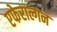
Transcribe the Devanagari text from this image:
एफेराल्गन